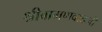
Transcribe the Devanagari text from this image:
श्रीबामणवाडजी